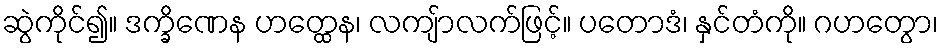
ဆွဲကိုင်၍။ ဒက္ခိဏေန ဟတ္ထေန၊ လကျ်ာလက်ဖြင့်။ ပတောဒံ၊ နှင်တံကို။ ဂဟတွော၊